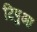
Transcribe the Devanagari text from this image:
टिपुआ